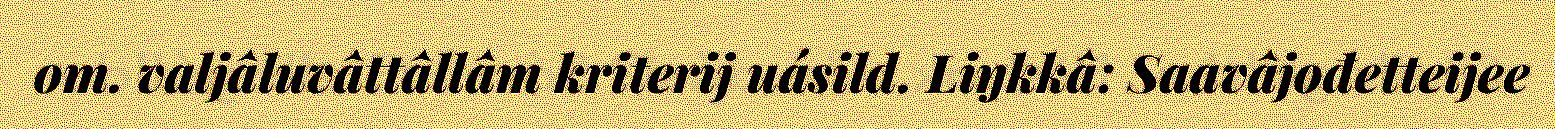
om. valjâluvâttâllâm kriterij uásild. Liŋkkâ: Saavâjođetteijee